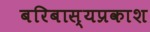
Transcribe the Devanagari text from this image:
बरिबास्यप्रकाश